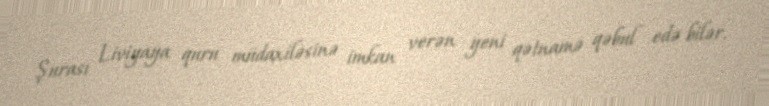
Şurası Liviyaya quru müdaxiləsinə imkan verən yeni qətnamə qəbul edə bilər.